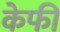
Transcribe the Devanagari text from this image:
केफी